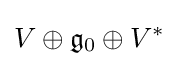
V\oplus {\mathfrak {g}}_{0}\oplus V^{*}